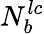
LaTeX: N_{b}^{lc}